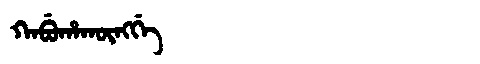
Manchu: ᡴᠠᠪᡠᡥᠠᡴᡡᠩᡤᡝ
Romanization: KABUHAKŪNGGE